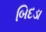
બિદડા